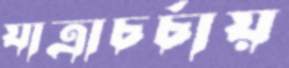
যাত্রাচর্চায়